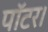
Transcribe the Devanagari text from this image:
पॉटर।